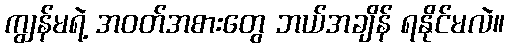
ကျွန်မရဲ့ အဝတ်အစားတွေ ဘယ်အချိန် ရနိုင်မလဲ။